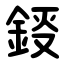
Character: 鋄